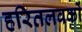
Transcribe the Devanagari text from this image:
हरितलवकों